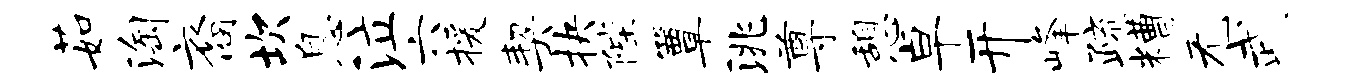
茹淘裔坎息泣六援契抉陛簟洮尊憩卓开峰疏糟无武